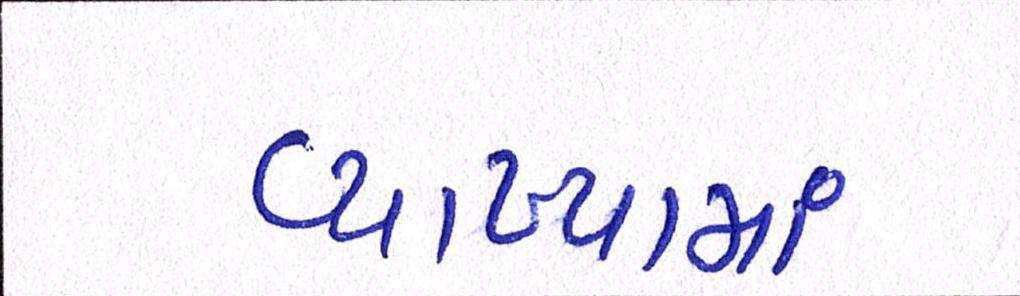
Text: વ્યાખ્યામાં